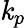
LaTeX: \mathit{k}_{p}